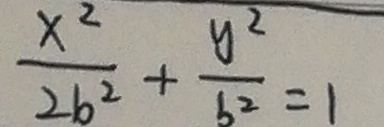
\frac { x ^ { 2 } } { 2 b ^ { 2 } } + \frac { y ^ { 2 } } { b ^ { 2 } } = 1